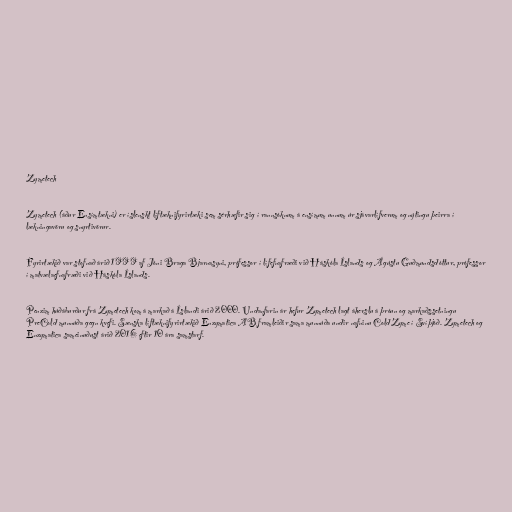
Zymetech

Zymetech (áður Ensímtækni) er íslenskt líftæknifyrirtæki sem sérhæfir sig í rannsóknum á ensímum unnum úr sjávarlífverum og nýtingu þeirra í
lækningavöru og snyrtivörur.

Fyrirtækið var stofnað árið 1999 af Jóni Braga Bjarnasyni, prófessor í lífefnafræði við Háskóla Íslands og Ágústu Guðmundsdóttur, prófessor
í matvælaefnafræði við Háskóla Íslands.

Penzim húðáburður frá Zymetech kom á markað á Íslandi árið 2000. Undanfarin ár hefur Zymetech lagt áherslu á þróun og markaðssetningu
PreCold munnúða gegn kvefi. Sænska líftæknifyrirtækið Enzymatica AB framleiðir sama munnúða undir nafninu ColdZyme í Svíþjóð. Zymetech og
Enzymatica sameinuðust árið 2016 eftir 10 ára samstarf.